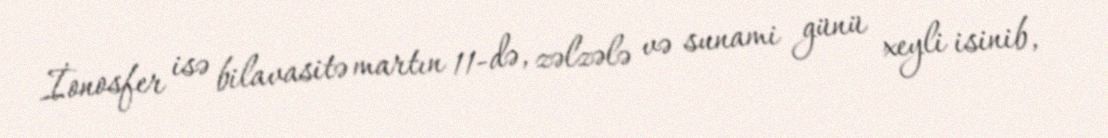
İonosfer isə bilavasitə martın 11-də, zəlzələ və sunami günü xeyli isinib,